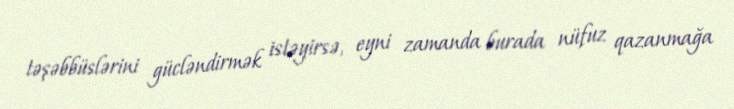
təşəbbüslərini gücləndirmək istəyirsə, eyni zamanda burada nüfuz qazanmağa